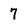
Character: 7